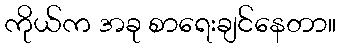
ကိုယ်က အခု စာရေးချင်နေတာ။